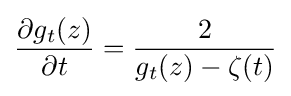
{\dfrac {\partial g_{t}(z)}{\partial t}}={\dfrac {2}{g_{t}(z)-\zeta (t)}}